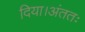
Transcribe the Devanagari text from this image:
दिया।अंततः